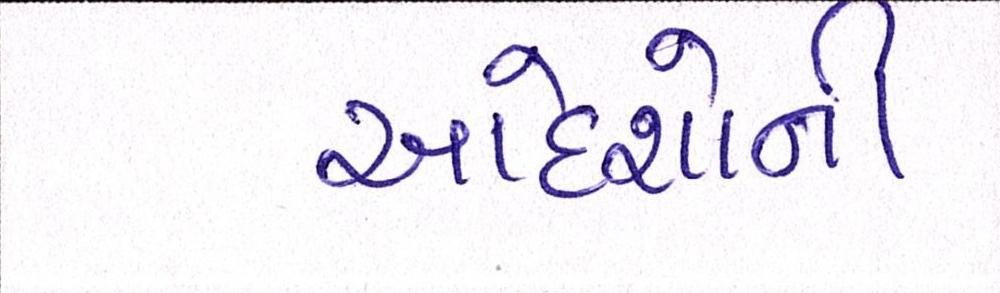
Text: આદેશોની